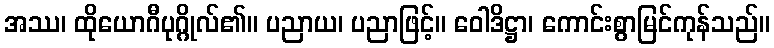
အဿ၊ ထိုယောဂီပုဂ္ဂိုလ်၏။ ပညာယ၊ ပညာဖြင့်။ ဝေါဒိဋ္ဌာ၊ ကောင်းစွာမြင်ကုန်သည်။